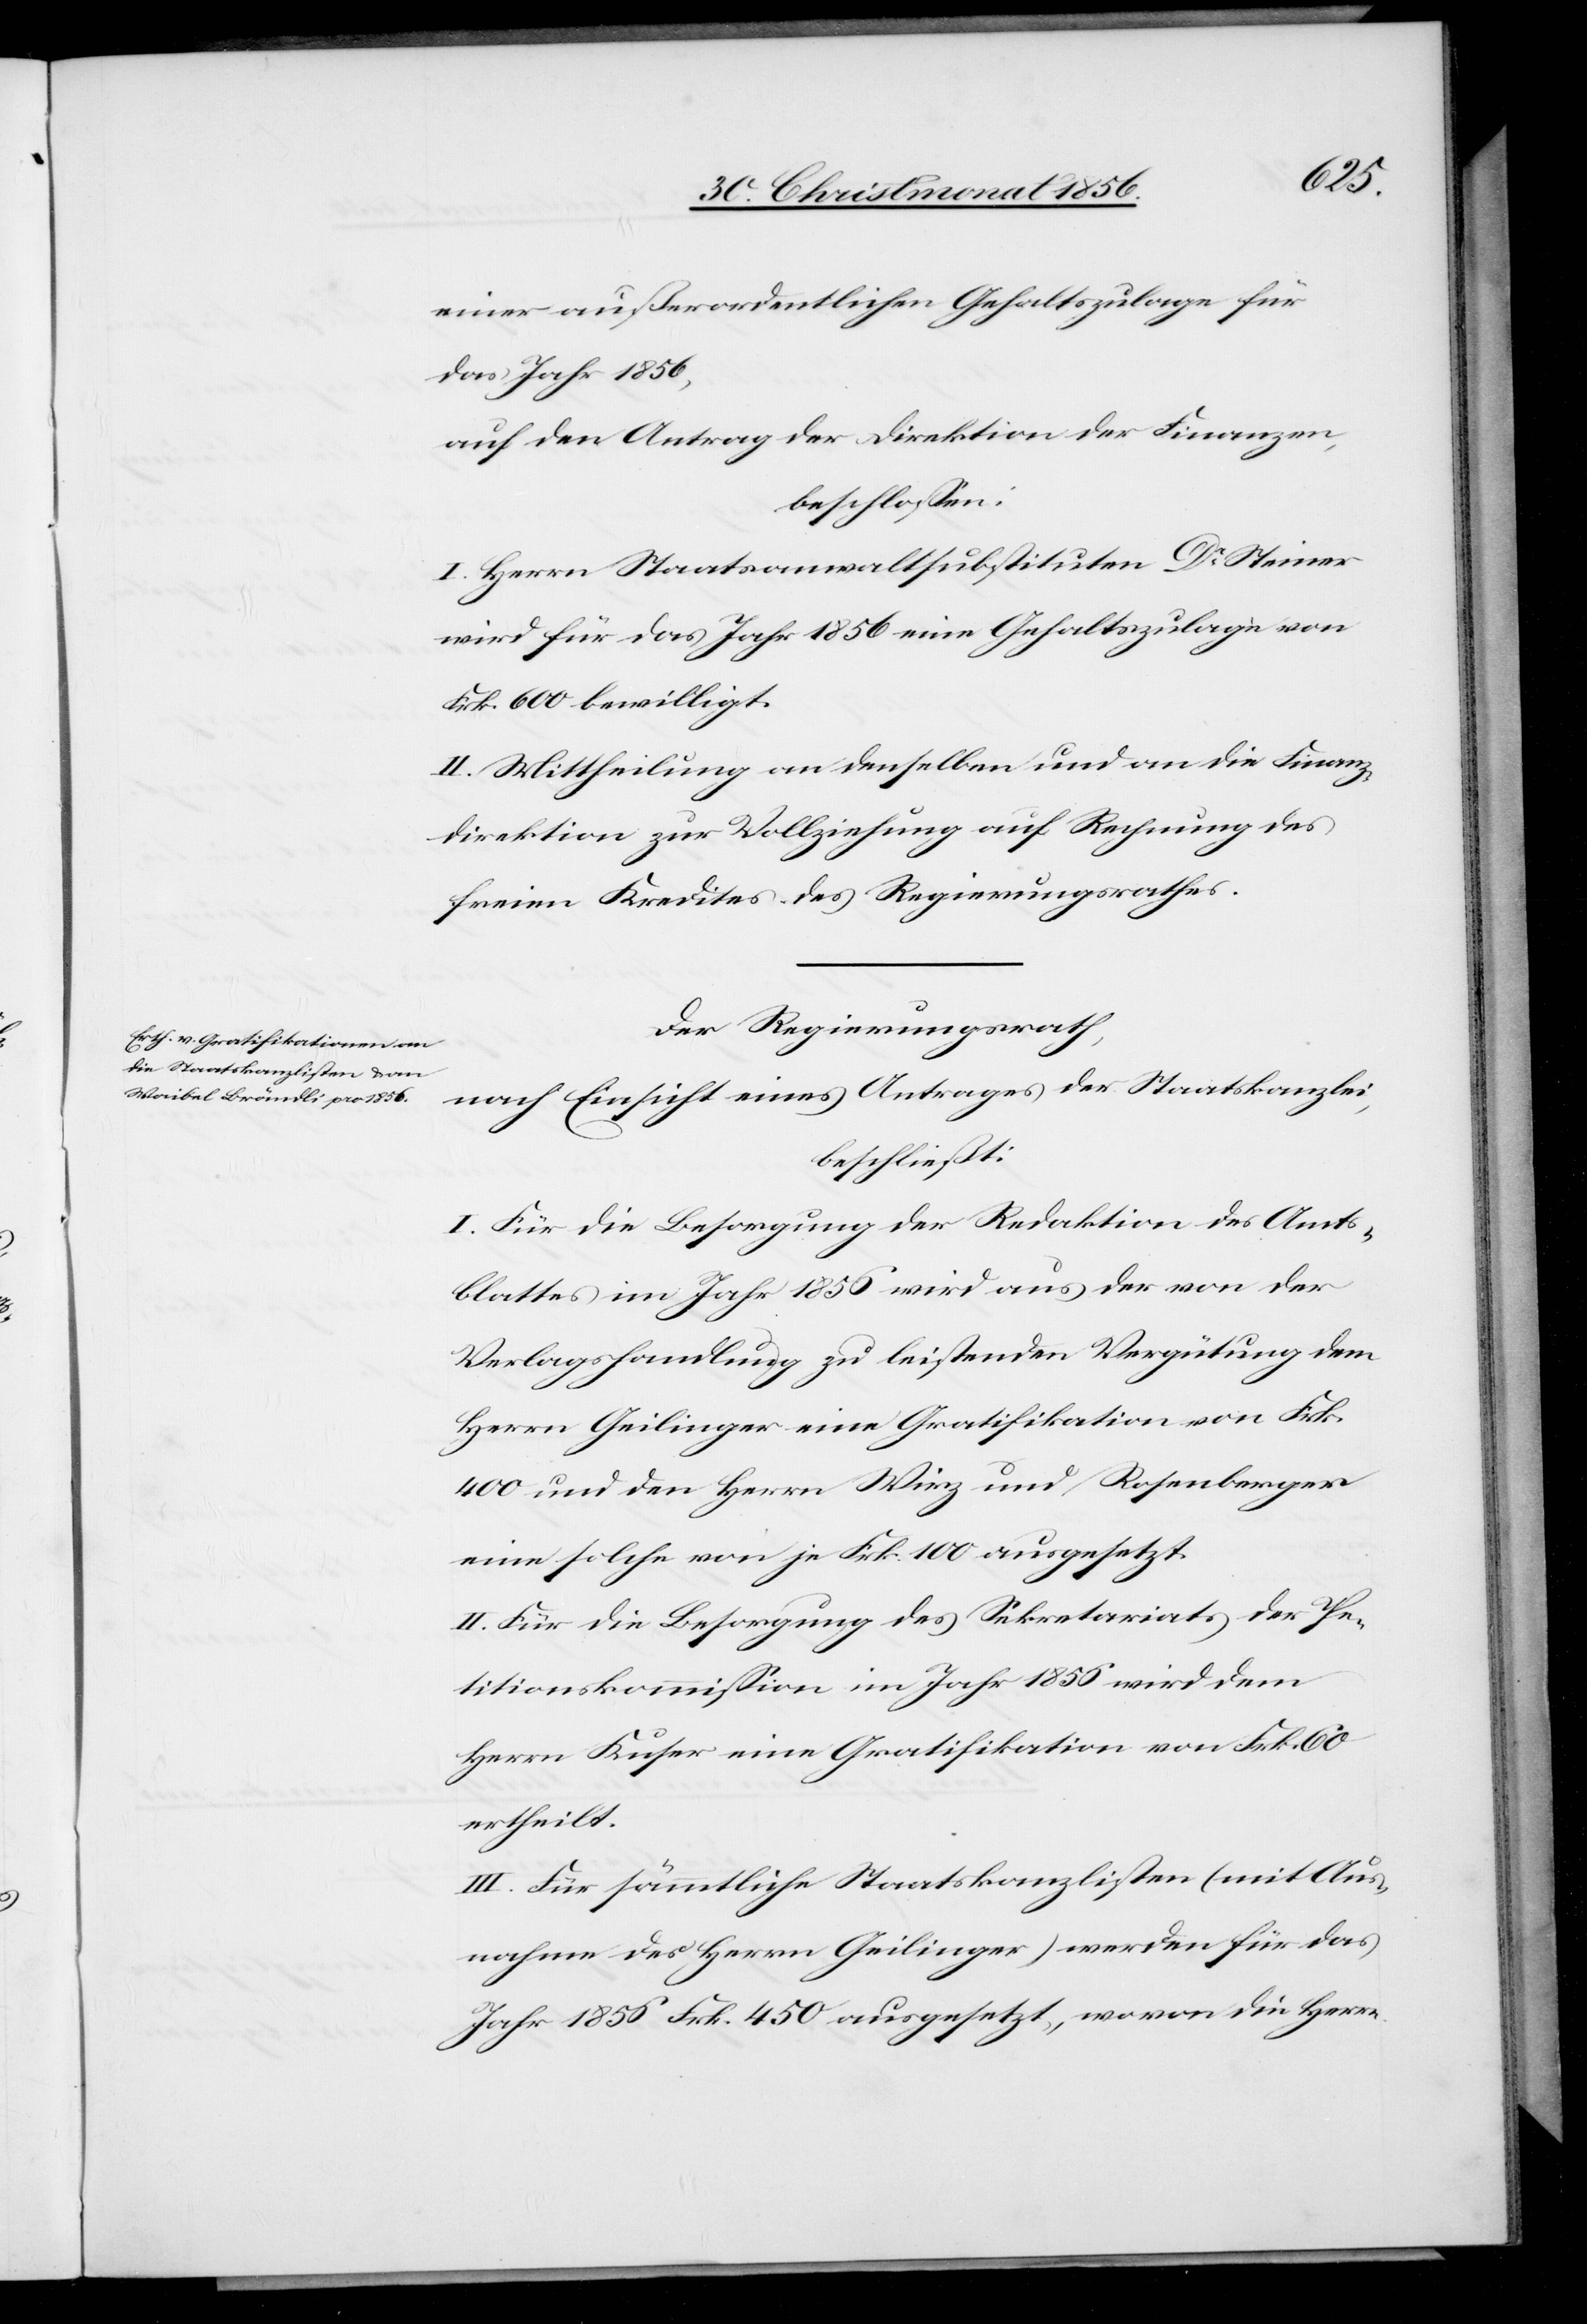
einer außerordentlichen Gehaltszulage für
das Jahr 1856,
auf den Antrag der Direktion der Finanzen,
beschlossen:
I. Herrn Staatsanwaltsubstituten Dr Steiner
wird für das Jahr 1856 eine Gehaltszulage von
Frk. 600 bewilligt.
II. Mittheilung an denselben und an die Finanz¬
direktion zur Vollziehung auf Rechnung des
freien Kredites des Regierungsrathes.
Der Regierungsrath,
nach Einsicht eines Antrages der Staatskanzlei,
beschließt:
I. Für die Besorgung der Redaktion des Amts¬
blattes im Jahr 1856 wird aus der von der
Verlagshandlung zu leistenden Vergütung dem
Herrn Geilinger eine Gratifikation von Frk.
400 und den Herrn Wirz und Rosenberger
eine solche von je Frk. 100 ausgesetzt.
II. Für die Besorgung des Sekretariats der Pe¬
titionskommission im Jahr 1856 wir dem
Herrn Kuser eine Gratifikation von Frk. 60
ertheilt.
III. Für sämmtliche Staatskanzlisten (mit Aus¬
nahme des Herrn Geilinger) werden für das
Jahr 1856 Frk. 450 ausgesetzt, wovon die Herrn